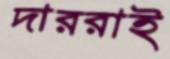
দাররাই